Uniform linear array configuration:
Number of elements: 32
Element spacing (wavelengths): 1
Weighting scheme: kaiser
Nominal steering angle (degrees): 0
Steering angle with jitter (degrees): -0.7403
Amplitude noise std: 0.05
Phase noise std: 0.05

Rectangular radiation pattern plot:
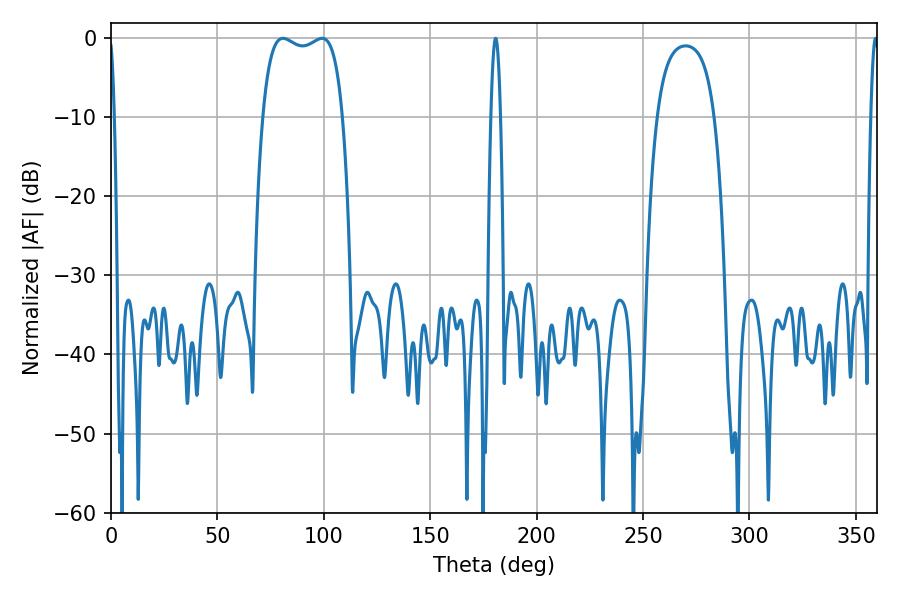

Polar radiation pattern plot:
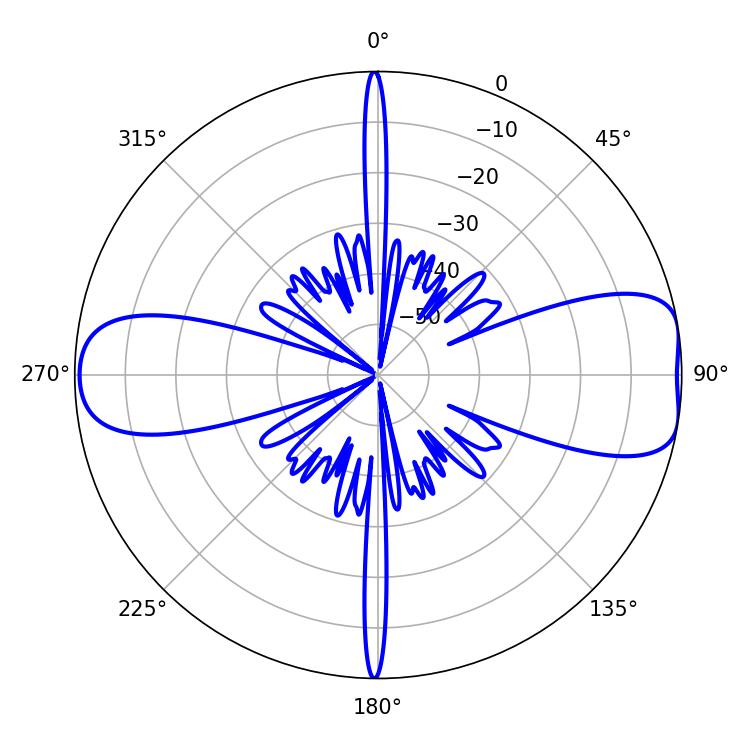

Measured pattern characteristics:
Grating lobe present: TRUE
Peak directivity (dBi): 9.236
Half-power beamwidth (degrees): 30.6
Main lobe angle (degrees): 80.82